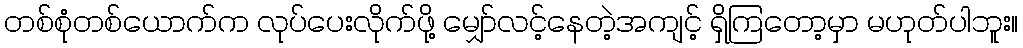
တစ်စုံတစ်ယောက်က လုပ်ပေးလိုက်ဖို့ မျှော်လင့်နေတဲ့အကျင့် ရှိကြတော့မှာ မဟုတ်ပါဘူး။